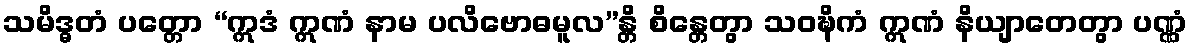
သမိဒ္ဓတံ ပတ္တော “ဣဒံ ဣဏံ နာမ ပလိဗောဓမူလ”န္တိ စိန္တေတွာ သဝဍ္ဎိကံ ဣဏံ နိယျာတေတွာ ပဏ္ဏံ